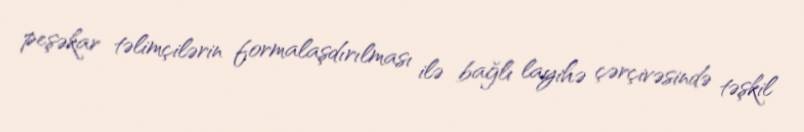
peşəkar təlimçilərin formalaşdırılması ilə bağlı layihə çərçivəsində təşkil